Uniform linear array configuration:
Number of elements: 24
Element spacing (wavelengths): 1
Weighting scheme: hamming
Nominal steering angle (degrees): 0
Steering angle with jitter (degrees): -0.07752
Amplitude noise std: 0.05
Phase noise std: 0.05

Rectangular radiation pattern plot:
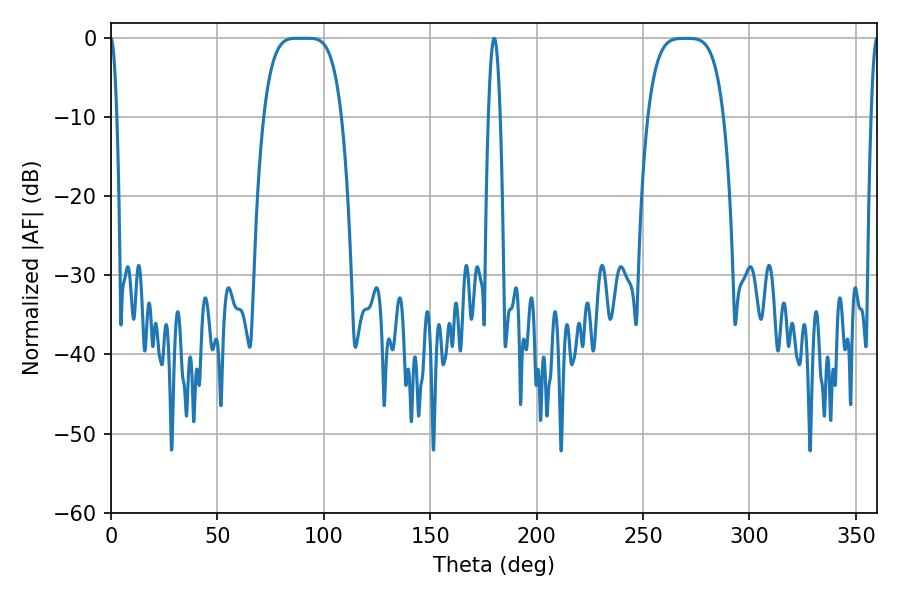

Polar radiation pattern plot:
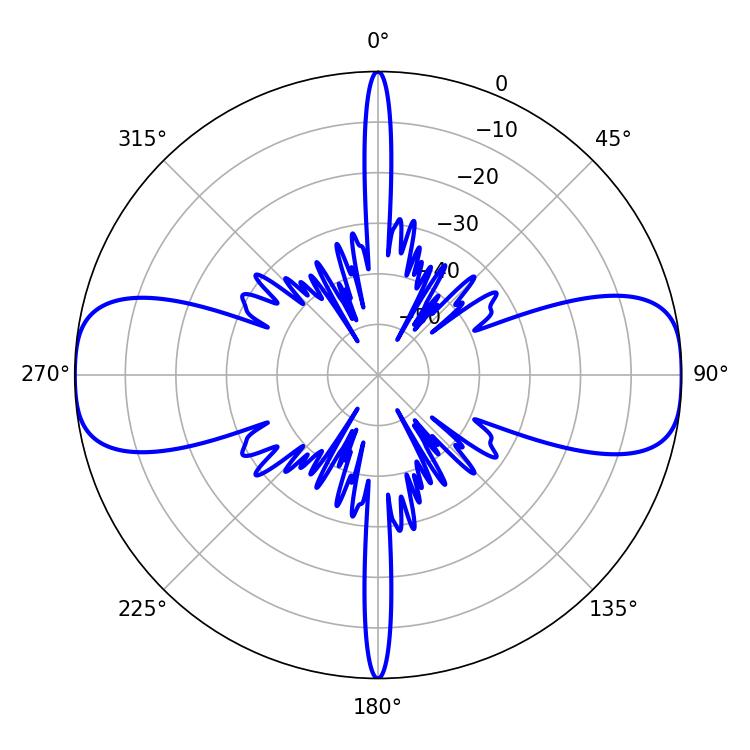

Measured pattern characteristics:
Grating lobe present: TRUE
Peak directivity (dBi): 19.248
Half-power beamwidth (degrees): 27.36
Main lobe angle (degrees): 87.12